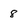
Character: 8